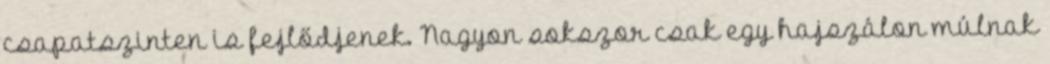
csapatszinten is fejlődjenek. Nagyon sokszor csak egy hajszálon múlnak